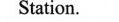
Station.